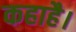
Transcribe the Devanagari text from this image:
कहाहै।